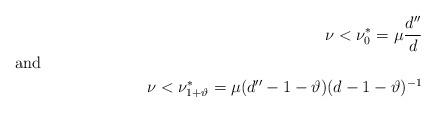
LaTeX: \begin{align*}\nu <\nu_0^*=\mu {\frac{d''}{d}}\\\shortintertext{and}\nu <\nu_{1+\vartheta}^*=\mu (d''-1-\vartheta )(d-1-\vartheta ) ^{-1}\end{align*}